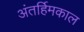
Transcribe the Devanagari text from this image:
अंतर्हिमकाल